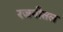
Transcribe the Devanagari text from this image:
रजनीतल